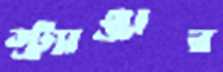
স্ট্র্যাঞ্জার